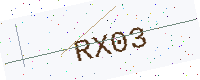
Text: RX03